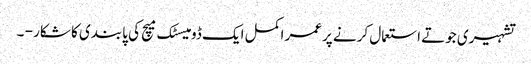
تشہیری جوتے استعمال کرنے پرعمر اکمل ایک ڈومیسٹک میچ کی پابندی کا شکار - ۔